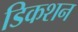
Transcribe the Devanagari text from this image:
डिकशन